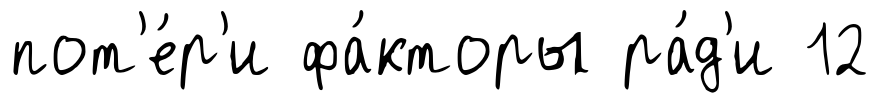
пот'е́р'и фа́кторы ра́д'и 12